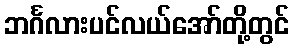
ဘင်္ဂလားပင်လယ်အော်တို့တွင်